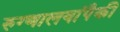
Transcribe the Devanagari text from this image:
रुग्णालयांपैकी